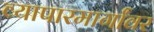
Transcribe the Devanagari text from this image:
व्यापारमार्गांवर